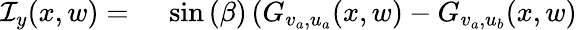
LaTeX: \begin{array}{rl}{\mathcal{I}_{y}(x,w)={}}&{{}\sin{(\beta)}\left(G_{v_{a},u_{a}}(x,w)-G_{v_{a},u_{b}}(x,w)\right.}\end{array}